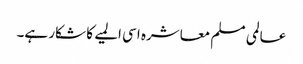
عالمی مسلم معاشرہ اسی المیے کا شکار ہے۔